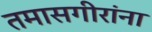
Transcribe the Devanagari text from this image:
तमासगीरांना